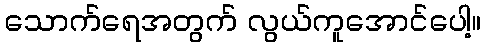
သောက်ရေအတွက် လွယ်ကူအောင်ပေါ့။